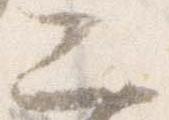
二